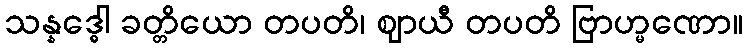
သန္နဒ္ဓေါ ခတ္တိယော တပတိ၊ ဈာယီ တပတိ ဗြာဟ္မဏော။